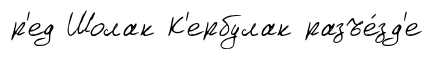
р'ед Шолак К'ербулак разъе́зд'е